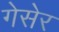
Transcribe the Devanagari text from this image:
गेसेर